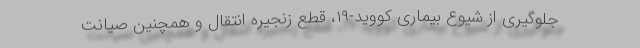
جلوگیری از شیوع بیماری کووید-۱۹، قطع زنجیره انتقال و همچنین صیانت